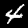
Digit: 4